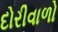
દોરીવાળો